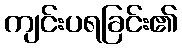
ကျင်းပရခြင်း၏